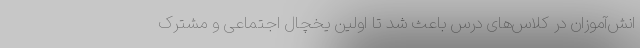
انش‌آموزان در کلاس‌های درس باعث شد تا اولین یخچال اجتماعی و مشترک